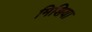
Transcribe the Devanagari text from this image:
मिशिया